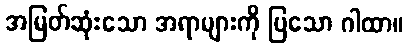
အမြတ်ဆုံးသော အရာများကို ပြသော ဂါထာ။